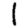
Digit: 1